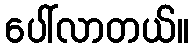
ပေါ်လာတယ်။